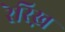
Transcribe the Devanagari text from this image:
रेरिख़